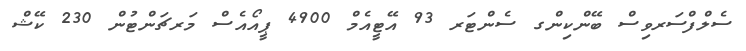
ސެލްފްސަރވިސް ބޭންކިންގ ސެންޓަރ 93 އޭޓީއެމް 4900 ޕީއޯއެސް މަރޗަންޓުން 230 ކޭޝް